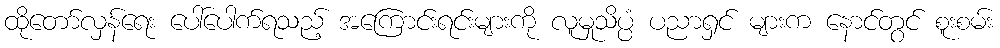
ထိုတော်လှန်ရေး ပေါ်ပေါက်ရသည့် အကြောင်းရင်းများကို လူမှုသိပ္ပံ ပညာရှင် များက နောင်တွင် စူးစမ်း